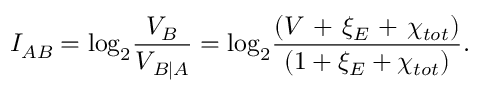
{ { I } _ { A B } } = { { \log } _ { 2 } } \frac { { { V } _ { B } } } { { { V } _ { \left. B \right| A } } } = { { \log } _ { 2 } } \frac { \left( V \mathrm { ~ + ~ } { { \xi } _ { E } } \mathrm { ~ + ~ } { { \chi } _ { t o t } } \right) } { \left( 1 + { { \xi } _ { E } } + { { \chi } _ { t o t } } \right) } .